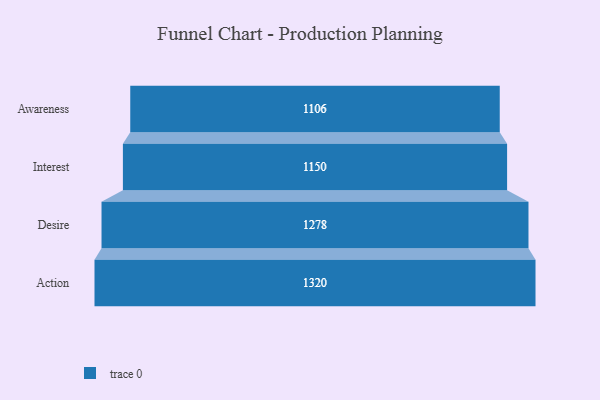
{"axis": {"x": "Stage", "y": "Value"}, "legend": [""], "data": [{"x": "Awareness", "y": 1106.0, "type": ""}, {"x": "Interest", "y": 1150.0, "type": ""}, {"x": "Desire", "y": 1278.0, "type": ""}, {"x": "Action", "y": 1320.0, "type": ""}]}